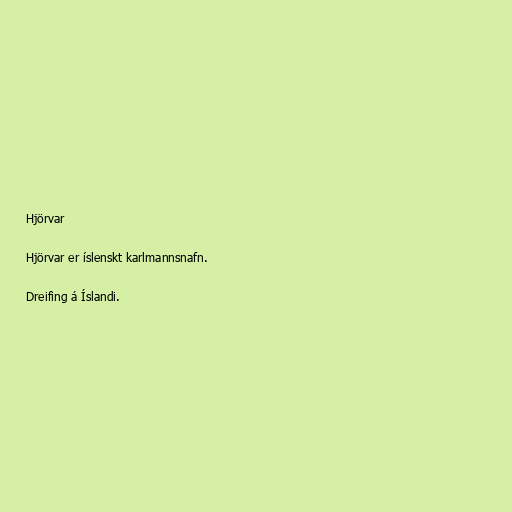
Hjörvar

Hjörvar er íslenskt karlmannsnafn.

Dreifing á Íslandi.